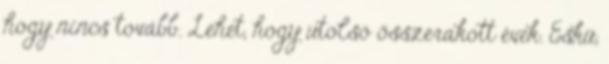
hogy nincs tovább. Lehet, hogy utolsó összerakott évek. Eskü,